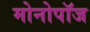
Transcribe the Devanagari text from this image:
मोनोपॉज